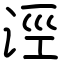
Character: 涇